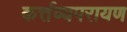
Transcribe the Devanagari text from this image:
कर्त्तव्यपरायण